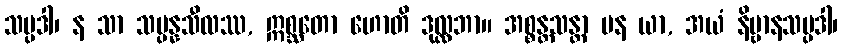
သမ္ပဒါ၊ န သာ သမ္ပန္နသီလဿ, ဣစ္ဆတော ဟောတိ ဒုလ္လဘာ။ အစ္စန္တသန္တာ ပန ယာ, အယံ နိဗ္ဗာနသမ္ပဒါ၊